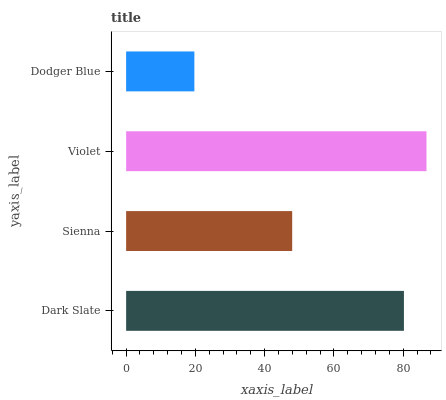
| yaxis_label | bars |
 | --- | --- |
 | Dark Slate | 80.2 |
 | Sienna | 47.9 |
 | Violet | 86.7 |
 | Dodger Blue | 19.7 |